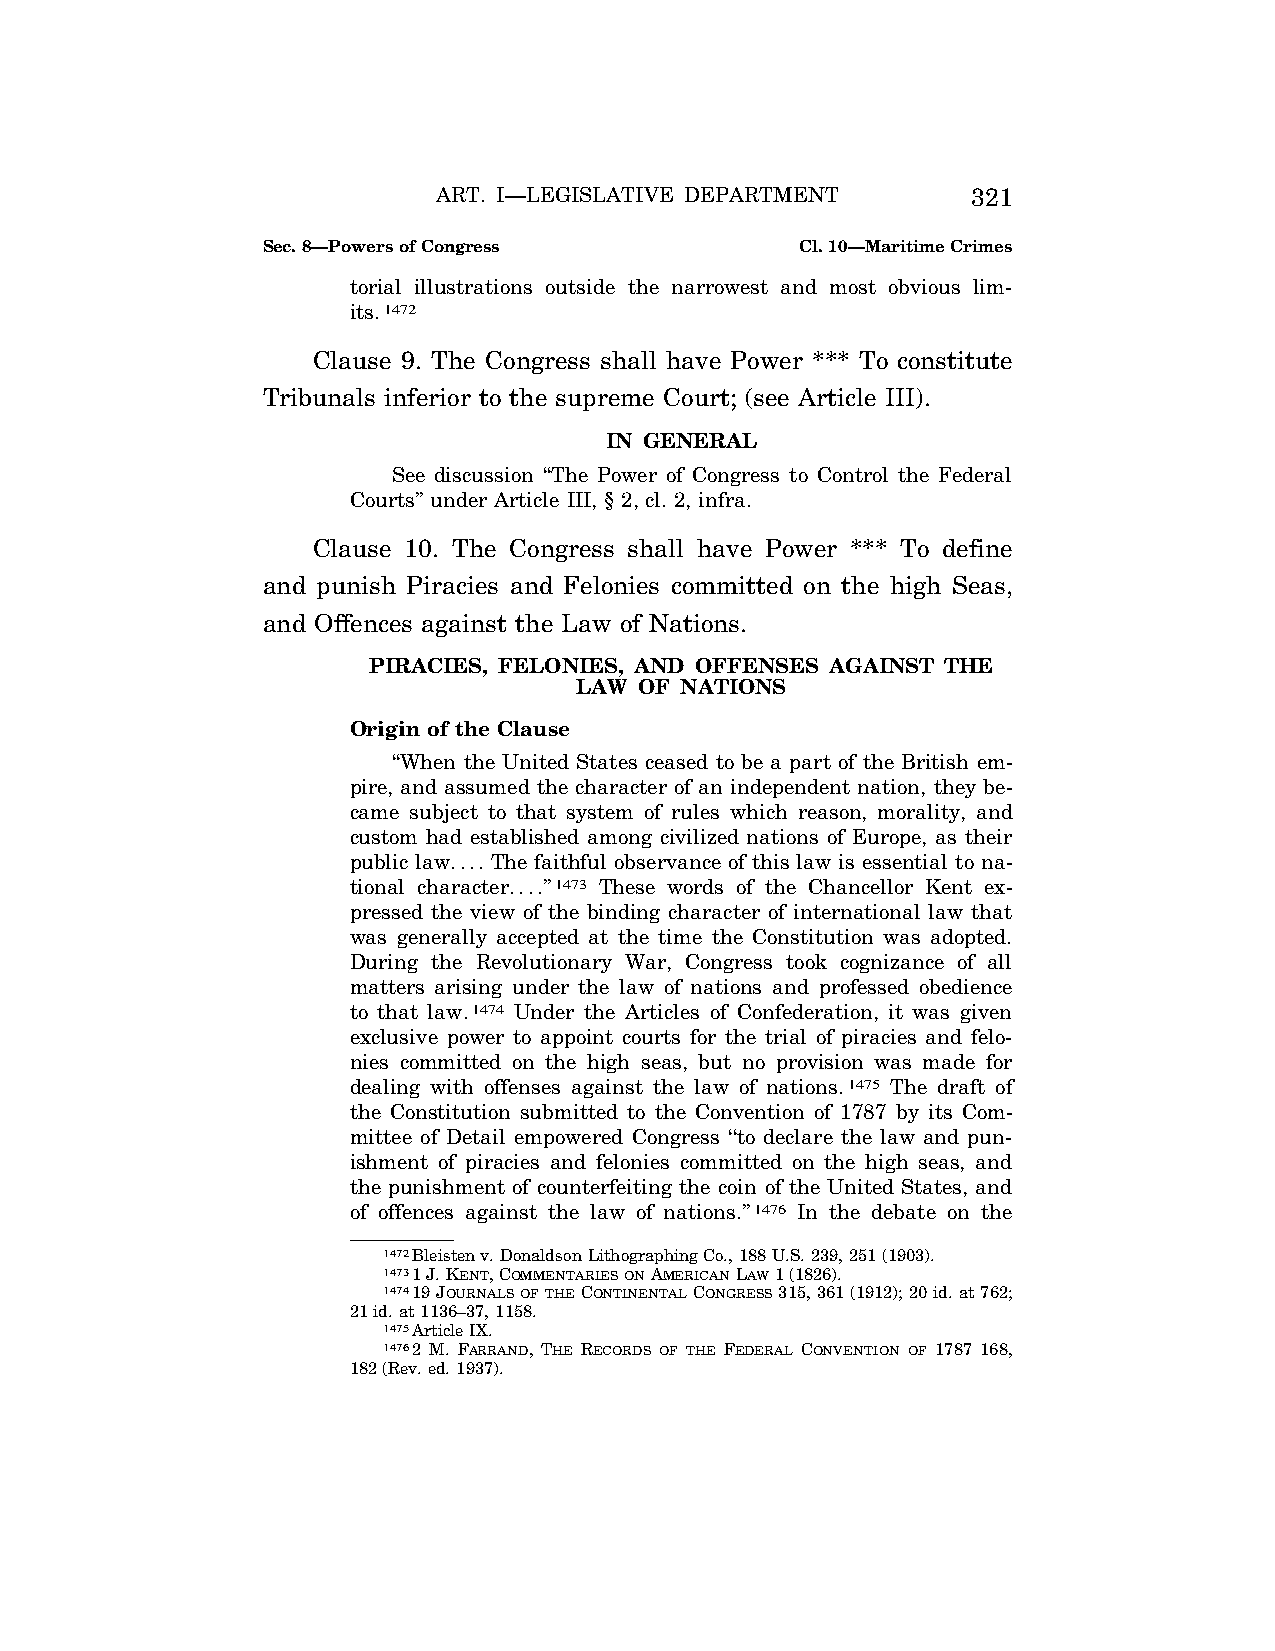
ART. I—LEGISLATIVE DEPARTMENT      321
 Sec. 8—Powers of Congress           Cl. 10—Maritime Crimes
 torial illustrations outside the narrowest and most obvious lim-
 its.1472
 Clause 9. The Congress shall have Power *** To constitute
 Tribunals inferior to the supreme Court; (see Article III).
 IN GENERAL
 See discussion ‘‘The Power of Congress to Control the Federal
 Courts’’ under Article III, § 2, cl. 2, infra.
 Clause 10. The Congress shall have Power *** To define
 and punish Piracies and Felonies committed on the high Seas,
 and Offences against the Law of Nations.
 PIRACIES, FELONIES, AND OFFENSES AGAINST THE
 LAW OF NATIONS
 Origin of the Clause
 ‘‘When the United States ceased to be a part of the British em-
 pire, and assumed the character of an independent nation, they be-
 came subject to that system of rules which reason, morality, and
 custom had established among civilized nations of Europe, as their
 public law.... The faithful observance of this law is essential to na-
 tional character....’’1473 These words of the Chancellor Kent ex-
 pressed the view of the binding character of international law that
 was generally accepted at the time the Constitution was adopted.
 During the Revolutionary War, Congress took cognizance of all
 matters arising under the law of nations and professed obedience
 to that law.1474 Under the Articles of Confederation, it was given
 exclusive power to appoint courts for the trial of piracies and felo-
 nies committed on the high seas, but no provision was made for
 dealing with offenses against the law of nations.1475 The draft of
 the Constitution submitted to the Convention of 1787 by its Com-
 mittee of Detail empowered Congress ‘‘to declare the law and pun-
 ishment of piracies and felonies committed on the high seas, and
 the punishment of counterfeiting the coin of the United States, and
 of offences against the law of nations.’’1476 In the debate on the
 1472Bleisten v. Donaldson Lithographing Co., 188 U.S. 239, 251 (1903).
 14731 J. KENT, COMMENTARIESONAMERICANLAW1 (1826).
 147419 JOURNALSOFTHECONTINENTALCONGRESS315, 361 (1912); 20 id. at 762;
 21 id. at 1136–37, 1158.
 1475Article IX.
 14762 M. FARRAND, THE RECORDS OF THE FEDERAL CONVENTION OF 1787 168,
 182 (Rev. ed. 1937).
 VerDate Apr<14>2004 12:35 Apr 14, 2004 Jkt 077500 PO 00000 Frm 00259 Fmt 8222 Sfmt 8222 C:\CONAN\CON009.SGM PRFM99 PsN: CON009